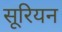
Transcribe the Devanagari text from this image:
सूरियन